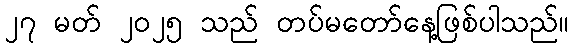
၂၇ မတ် ၂၀၂၅ သည် တပ်မတော်နေ့ဖြစ်ပါသည်။